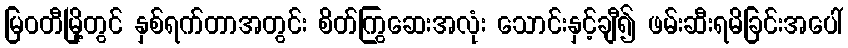
မြဝတီမြို့တွင် နှစ်ရက်တာအတွင်း စိတ်ကြွဆေးအလုံး သောင်းနှင့်ချီ၍ ဖမ်းဆီးရမိခြင်းအပေါ်